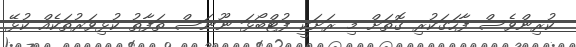
ކުރިންވެސް ފާހަގަކުރި ގޮތަށް މި ރަށަކީ ފުޓްބޯޅަ ނޫނަސް ތަފާތު ކުޅިވަރުތަކެއް ކުޅޭ